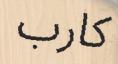
كارب